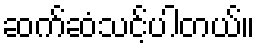
ဆက်ဆံသင့်ပါတယ်။